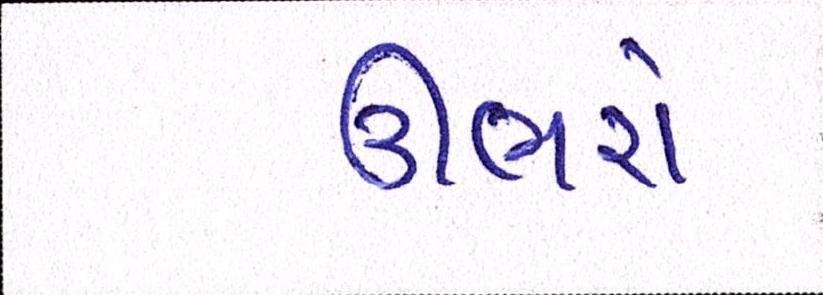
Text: ઊભરો